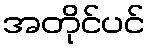
အတိုင်ပင်